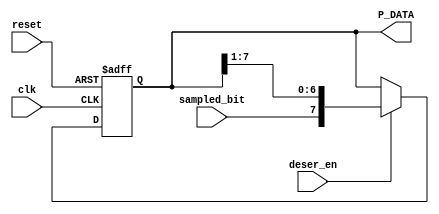
module Deserializer (
    input clk , reset ,
    input sampled_bit,deser_en,
    output reg [7:0] P_DATA
);


always @(posedge clk , negedge reset) begin
    if(~reset) begin
        P_DATA <= 0 ;
    end
    else if((deser_en)) begin
        P_DATA <= {sampled_bit ,P_DATA[7:1]} ;
    end
end
    
endmodule